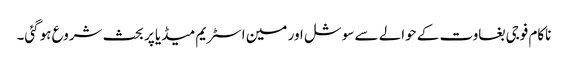
ناکام فوجی بغاوت کے حوالے سے سوشل اور مین اسٹریم میڈیا پر بحث شروع ہوگئی۔